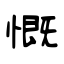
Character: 慨